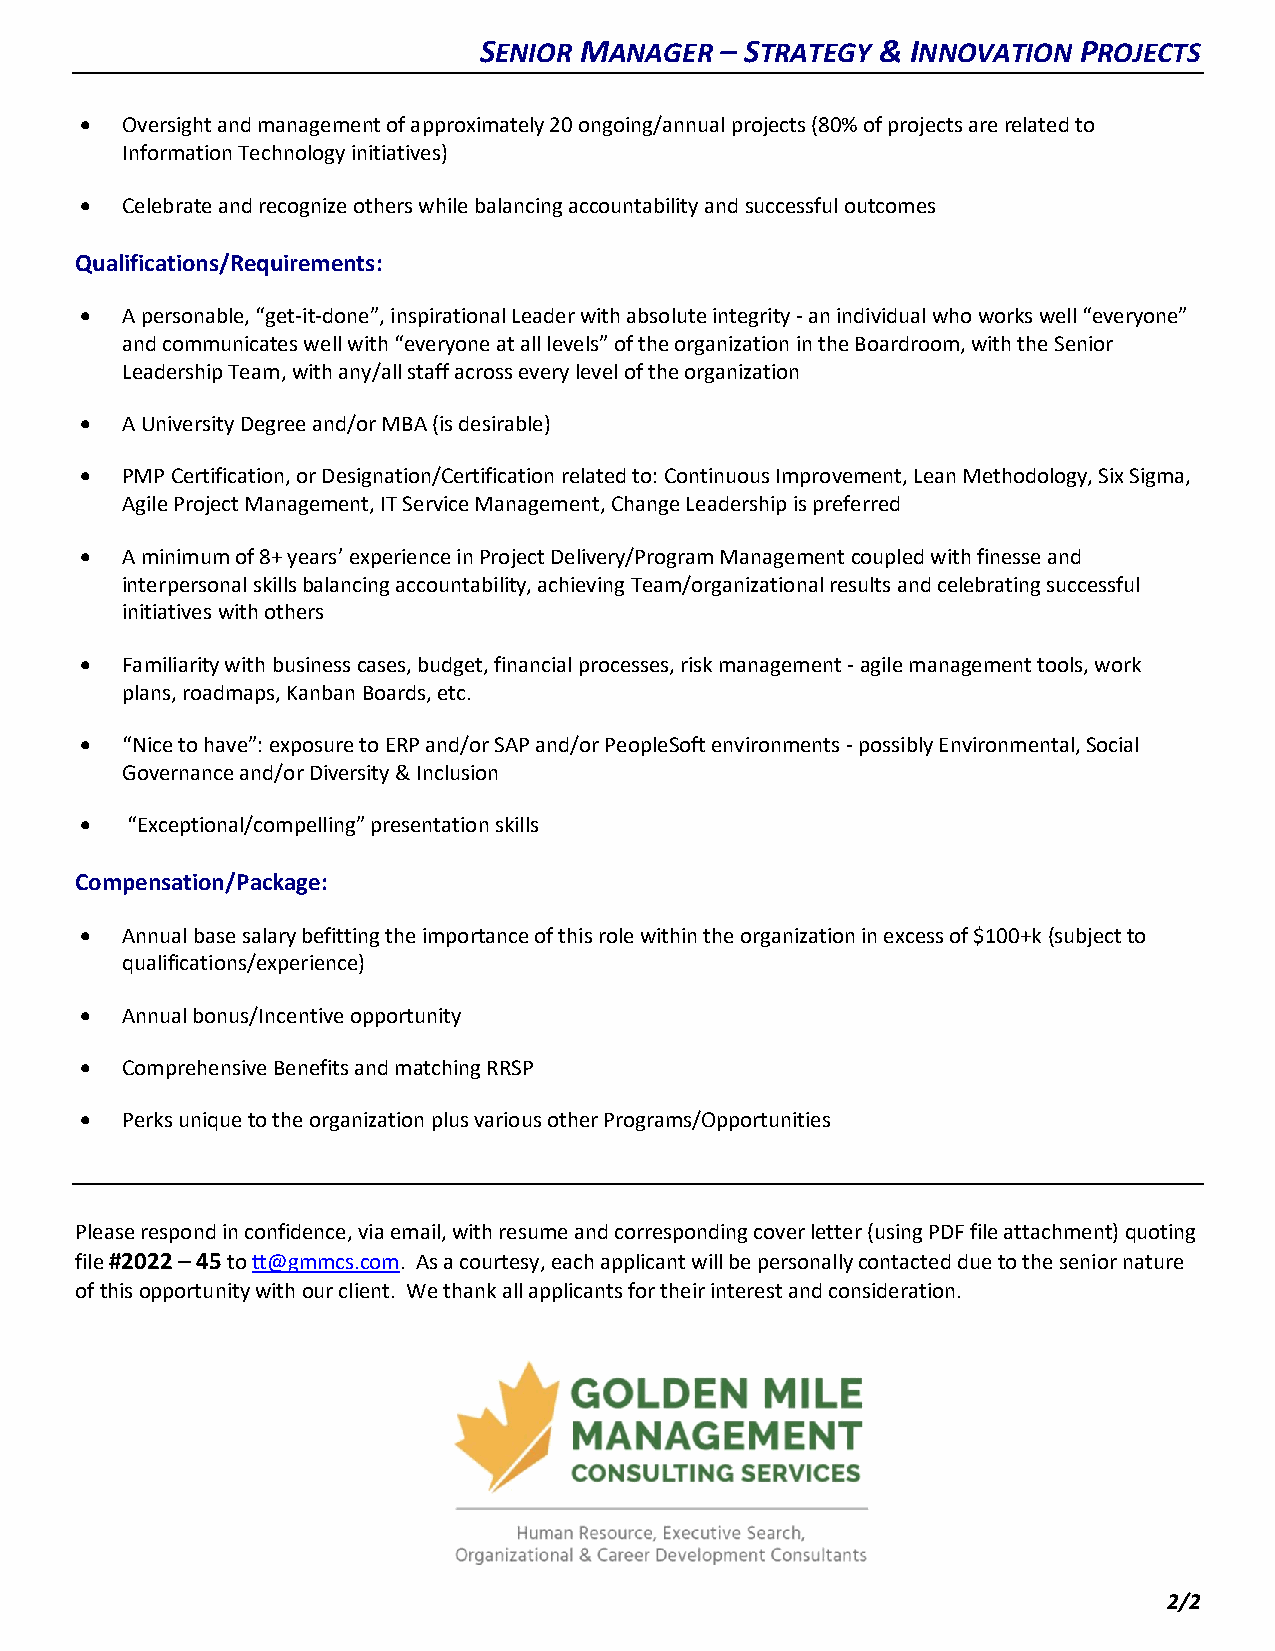
SENIOR MANAGER  – STRATEGY & INNOVATION PROJECTS
 •  Oversight and management of approximately 20 ongoing/annual projects (80% of projects are related to
 Information Technology initiatives)
 •  Celebrate and recognize others while balancing accountability and successful outcomes
 Qualifications/Requirements:
 •  A personable, “get-it-done”, inspirational Leader with absolute integrity - an individual who works well “everyone”
 and communicates well with “everyone at all levels” of the organization in the Boardroom, with the Senior
 Leadership Team, with any/all staff across every level of the organization
 •  A University Degree and/or MBA (is desirable)
 •  PMP Certification, or Designation/Certification related to: Continuous Improvement, Lean Methodology, Six Sigma,
 Agile Project Management, IT Service Management, Change Leadership is preferred
 •  A minimum of 8+ years’ experience in Project Delivery/Program Management coupled with finesse and
 interpersonal skills balancing accountability, achieving Team/organizational results and celebrating successful
 initiatives with others
 •  Familiarity with business cases, budget, financial processes, risk management - agile management tools, work
 plans, roadmaps, Kanban Boards, etc.
 •  “Nice to have”: exposure to ERP and/or SAP and/or PeopleSoft environments - possibly Environmental, Social
 Governance and/or Diversity & Inclusion
 •  “Exceptional/compelling” presentation skills
 Compensation/Package:
 •  Annual base salary befitting the importance of this role within the organization in excess of $100+k (subject to
 qualifications/experience)
 •  Annual bonus/Incentive opportunity
 •  Comprehensive Benefits and matching RRSP
 •  Perks unique to the organization plus various other Programs/Opportunities
 Please respond in confidence, via email, with resume and corresponding cover letter (using PDF file attachment) quoting
 file #2022 – 45 to tt@gmmcs.com. As a courtesy, each applicant will be personally contacted due to the senior nature
 of this opportunity with our client. We thank all applicants for their interest and consideration.
 2/2